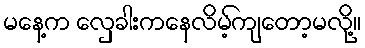
မနေ့က လှေခါးကနေလိမ့်ကျတော့မလို့။